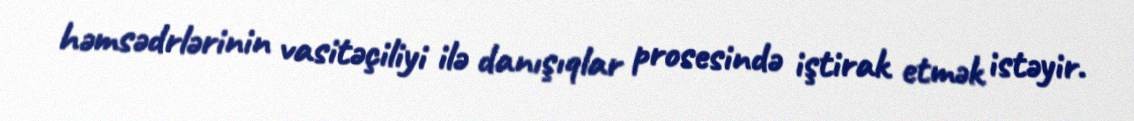
həmsədrlərinin vasitəçiliyi ilə danışıqlar prosesində iştirak etmək istəyir.